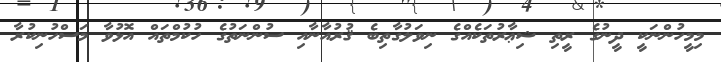
މިމީހުންނަކީ ދީނުގެ ރީތި ޝިޢާރުތަކެއްގެ ނިވަލުގާތިބެ ޤުރުއާނާއި ސުންނަތުގެ ހުކުމްތައް އޮޅުވާ މަސްހުނިކުރާ